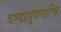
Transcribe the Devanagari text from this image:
दण्डायुधपाणि